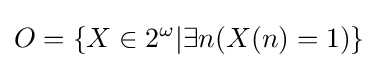
O=\{X\in 2^{\omega }|\exists n(X(n)=1)\}